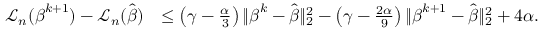
\begin{array} { r l } { { \mathcal L } _ { n } ( { \boldsymbol { \beta } } ^ { k + 1 } ) - { \mathcal L } _ { n } ( \hat { \boldsymbol { \beta } } ) } & { \leq \left( \gamma - \frac { \alpha } { 3 } \right) \| { \boldsymbol { \beta } } ^ { k } - \hat { \boldsymbol { \beta } } \| _ { 2 } ^ { 2 } - \left( \gamma - \frac { 2 \alpha } { 9 } \right) \| { \boldsymbol { \beta } } ^ { k + 1 } - \hat { \boldsymbol { \beta } } \| _ { 2 } ^ { 2 } + 4 \alpha . } \end{array}